Burma Government Medical School reports 1923-41
Year: 1923
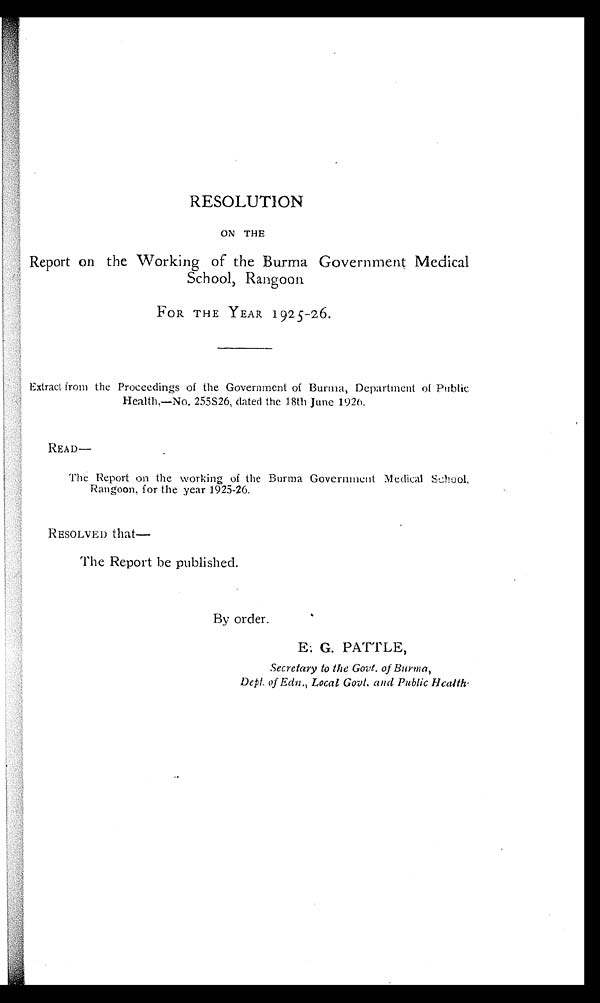
RESOLUTION
ON THE
Report on the Working of the Burma Government Medical
School, Rangoon
FOR THE YEAR 1925-26.
Extract from the Proceedings of the Government of Burma, Department of Public
Health,—No. 255S26, dated the 18th June 1926.
READ—
The Report on the working of the Burma Government Medical School,
Rangoon, for the year 1925-26.
RESOLVED that
The Report be published.
By order.
E. G. PATTLE,
Secretary to the Govt. of Burma,
Dept. of Edn., Local Govt. and Public Health.